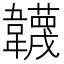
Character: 韤